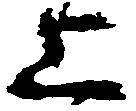
上